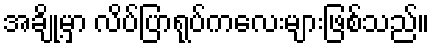
အချို့မှာ လိပ်ပြာရုပ်ကလေးများဖြစ်သည်။